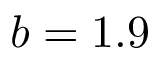
b = 1 . 9